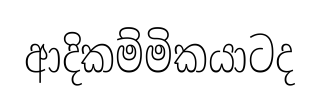
ආදිකම්මිකයාටද